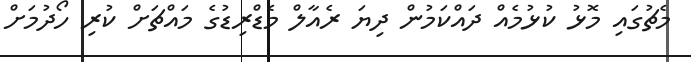
މެޗުގައި މޮޅު ކުޅުމެއް ދައްކަމުން ދިޔަ ރެއާލް މެޑްރިޑުގެ މައްޗަށް ކުރި ހޯދުމަށް